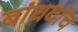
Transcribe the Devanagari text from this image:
बांधवांच